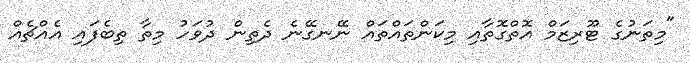
"މިތަނުގެ ޓޫރިޒަމް އޮތްގޮތާއި މިކަންތައްތައް ނޭނގޭނެ ދެތިން ދުވަހު މިތާ ތިބެފައި އެއްޗެއް